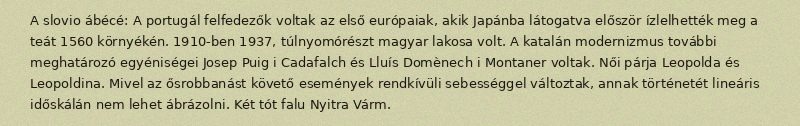
A slovio ábécé: A portugál felfedezők voltak az első európaiak, akik Japánba látogatva először ízlelhették meg a teát 1560 környékén. 1910-ben 1937, túlnyomórészt magyar lakosa volt. A katalán modernizmus további meghatározó egyéniségei Josep Puig i Cadafalch és Lluís Domènech i Montaner voltak. Női párja Leopolda és Leopoldina. Mivel az ősrobbanást követő események rendkívüli sebességgel változtak, annak történetét lineáris időskálán nem lehet ábrázolni. Két tót falu Nyitra Várm.